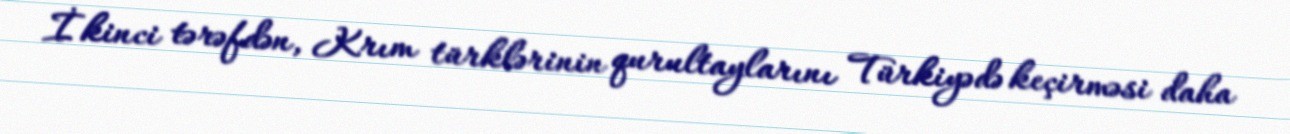
İkinci tərəfdən, Krım türklərinin qurultaylarını Türkiyədə keçirməsi daha